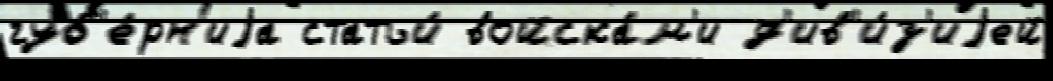
губ'е́рн'иjа статьи́ войска́м'и д'ив'и́з'иjей